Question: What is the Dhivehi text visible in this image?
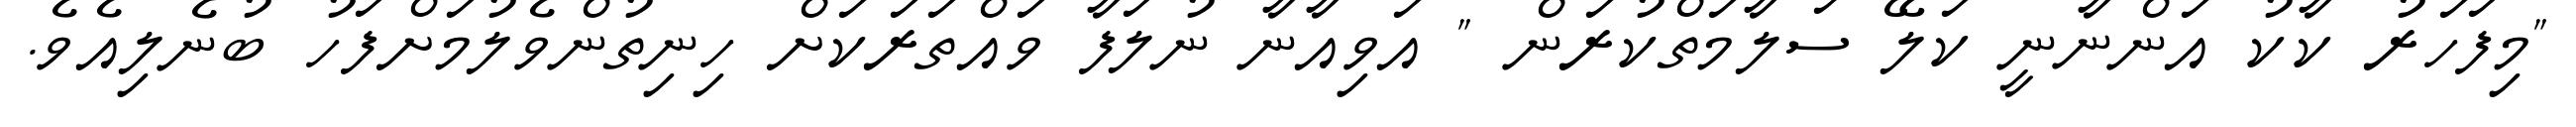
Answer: "މިފަހަރު ކާކު އަންނާނީ ކަލޭ ސަލާމަތްކުރަން " އަވިއާނާ ނުލަފާ ވައްތަރަކަށް ހިނިތުންވެލުމަށްފަހު ބުނެލިއެވެ.